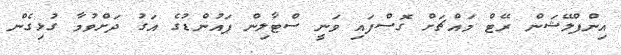
އިންފްލޭޝަން ރޭޓް މައްޗަށް ގޮސްފައި ވަނީ ސްޓާލިން ޕައުންޑުގެ އަގު ދަށްވުމާ ގުޅިގެން